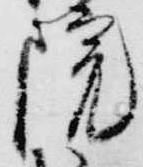
院